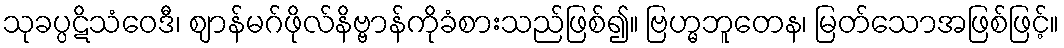
သုခပ္ပဋိသံဝေဒီ၊ ဈာန်မဂ်ဖိုလ်နိဗ္ဗာန်ကိုခံစားသည်ဖြစ်၍။ ဗြဟ္မဘူတေန၊ မြတ်သောအဖြစ်ဖြင့်။